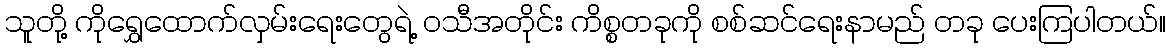
သူတို့ ကိုရွှေထောက်လှမ်းရေးတွေရဲ့ ဝသီအတိုင်း ကိစ္စတခုကို စစ်ဆင်ရေးနာမည် တခု ပေးကြပါတယ်။